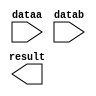
// megafunction wizard: %LPM_ADD_SUB%VBB%
// GENERATION: STANDARD
// VERSION: WM1.0
// MODULE: LPM_ADD_SUB 

// ============================================================
// Megafunction Name(s):
// 			LPM_ADD_SUB
//
// Simulation Library Files(s):
// 			lpm
// ============================================================
// ************************************************************
// THIS IS A WIZARD-GENERATED FILE. DO NOT EDIT THIS FILE!
//
// 13.1.0 Build 162 10/23/2013 SJ Full Version
// ************************************************************

//Copyright (C) 1991-2013 Altera Corporation
//Your use of Altera Corporation's design tools, logic functions 
//and other software and tools, and its AMPP partner logic 
//functions, and any output files from any of the foregoing 
//(including device programming or simulation files), and any 
//associated documentation or information are expressly subject 
//to the terms and conditions of the Altera Program License 
//Subscription Agreement, Altera MegaCore Function License 
//Agreement, or other applicable license agreement, including, 
//without limitation, that your use is for the sole purpose of 
//programming logic devices manufactured by Altera and sold by 
//Altera or its authorized distributors.  Please refer to the 
//applicable agreement for further details.

module lpm_add_sub235124 (
	dataa,
	datab,
	result);

	input	[23:0]  dataa;
	input	[23:0]  datab;
	output	[23:0]  result;

endmodule

// ============================================================
// CNX file retrieval info
// ============================================================
// Retrieval info: PRIVATE: CarryIn NUMERIC "0"
// Retrieval info: PRIVATE: CarryOut NUMERIC "0"
// Retrieval info: PRIVATE: ConstantA NUMERIC "0"
// Retrieval info: PRIVATE: ConstantB NUMERIC "0"
// Retrieval info: PRIVATE: Function NUMERIC "0"
// Retrieval info: PRIVATE: INTENDED_DEVICE_FAMILY STRING "Cyclone V"
// Retrieval info: PRIVATE: LPM_PIPELINE NUMERIC "0"
// Retrieval info: PRIVATE: Latency NUMERIC "0"
// Retrieval info: PRIVATE: Overflow NUMERIC "0"
// Retrieval info: PRIVATE: RadixA NUMERIC "10"
// Retrieval info: PRIVATE: RadixB NUMERIC "10"
// Retrieval info: PRIVATE: Representation NUMERIC "1"
// Retrieval info: PRIVATE: SYNTH_WRAPPER_GEN_POSTFIX STRING "0"
// Retrieval info: PRIVATE: ValidCtA NUMERIC "0"
// Retrieval info: PRIVATE: ValidCtB NUMERIC "0"
// Retrieval info: PRIVATE: WhichConstant NUMERIC "0"
// Retrieval info: PRIVATE: aclr NUMERIC "0"
// Retrieval info: PRIVATE: clken NUMERIC "0"
// Retrieval info: PRIVATE: nBit NUMERIC "24"
// Retrieval info: PRIVATE: new_diagram STRING "1"
// Retrieval info: LIBRARY: lpm lpm.lpm_components.all
// Retrieval info: CONSTANT: LPM_DIRECTION STRING "ADD"
// Retrieval info: CONSTANT: LPM_HINT STRING "ONE_INPUT_IS_CONSTANT=NO,CIN_USED=NO"
// Retrieval info: CONSTANT: LPM_REPRESENTATION STRING "UNSIGNED"
// Retrieval info: CONSTANT: LPM_TYPE STRING "LPM_ADD_SUB"
// Retrieval info: CONSTANT: LPM_WIDTH NUMERIC "24"
// Retrieval info: USED_PORT: dataa 0 0 24 0 INPUT NODEFVAL "dataa[23..0]"
// Retrieval info: USED_PORT: datab 0 0 24 0 INPUT NODEFVAL "datab[23..0]"
// Retrieval info: USED_PORT: result 0 0 24 0 OUTPUT NODEFVAL "result[23..0]"
// Retrieval info: CONNECT: @dataa 0 0 24 0 dataa 0 0 24 0
// Retrieval info: CONNECT: @datab 0 0 24 0 datab 0 0 24 0
// Retrieval info: CONNECT: result 0 0 24 0 @result 0 0 24 0
// Retrieval info: GEN_FILE: TYPE_NORMAL lpm_add_sub235124.v TRUE
// Retrieval info: GEN_FILE: TYPE_NORMAL lpm_add_sub235124.inc FALSE
// Retrieval info: GEN_FILE: TYPE_NORMAL lpm_add_sub235124.cmp FALSE
// Retrieval info: GEN_FILE: TYPE_NORMAL lpm_add_sub235124.bsf TRUE FALSE
// Retrieval info: GEN_FILE: TYPE_NORMAL lpm_add_sub235124_inst.v FALSE
// Retrieval info: GEN_FILE: TYPE_NORMAL lpm_add_sub235124_bb.v TRUE
// Retrieval info: LIB_FILE: lpm